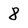
Character: 8